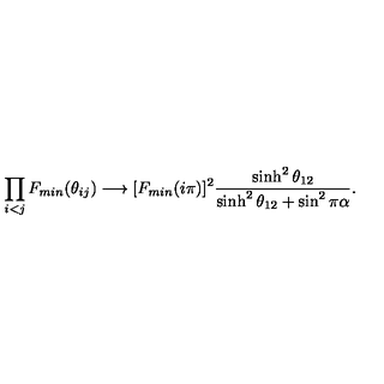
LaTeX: \prod _ { i < j } F _ { m i n } ( \theta _ { i j } ) \longrightarrow [ F _ { m i n } ( i \pi ) ] ^ { 2 } \frac { \sinh ^ { 2 } \theta _ { 1 2 } } { \sinh ^ { 2 } \theta _ { 1 2 } + \sin ^ { 2 } \pi \alpha } .